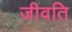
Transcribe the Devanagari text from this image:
जीवति